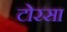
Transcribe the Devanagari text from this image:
टोरसा